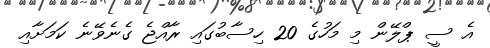
އެ ސީ ޕްލޭން މި މަހުގެ 20 ހިސާބުގައި ރާއްޖެ ގެނެވޭނެ ކަމަށާއި